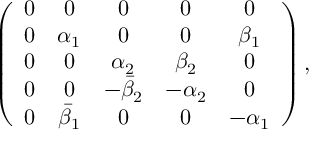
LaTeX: \left( \begin{array} { c c c c c } { { 0 } } & { { 0 } } & { { 0 } } & { { 0 } } & { { 0 } } \\ { { 0 } } & { { \alpha _ { 1 } } } & { { 0 } } & { { 0 } } & { { \beta _ { 1 } } } \\ { { 0 } } & { { 0 } } & { { \alpha _ { 2 } } } & { { \beta _ { 2 } } } & { { 0 } } \\ { { 0 } } & { { 0 } } & { { - { \bar { \beta } } _ { 2 } } } & { { - \alpha _ { 2 } } } & { { 0 } } \\ { { 0 } } & { { \- { \bar { \beta } } _ { 1 } } } & { { 0 } } & { { 0 } } & { { - \alpha _ { 1 } } } \end{array} \right) ,